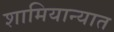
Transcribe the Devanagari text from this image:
शामियान्यात